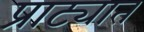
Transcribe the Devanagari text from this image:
प्राट्यात